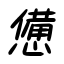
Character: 憊